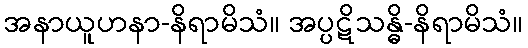
အနာယူဟနာ-နိရာမိသံ။ အပ္ပဋိသန္ဓိ-နိရာမိသံ။